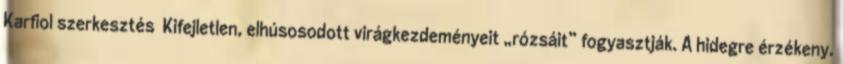
Karfiol szerkesztés Kifejletlen, elhúsosodott virágkezdeményeit „rózsáit” fogyasztják. A hidegre érzékeny.